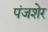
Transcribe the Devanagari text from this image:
पंजशेर